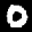
Digit: 0